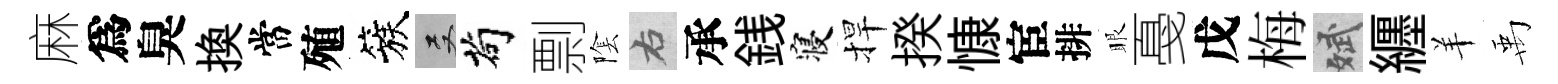
麻爲臭换當殖簇双茍剽隂右承銭寝捍揆慷宦排眼戞戊梅斌纒羊禹